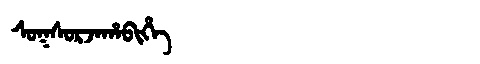
Manchu: ᠰᠣᡴᠰᠣᡵᠵᠠᡥᠠᠪᡳᡥᡝ
Romanization: SOKSORJAHABIHE